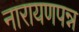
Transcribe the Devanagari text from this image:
नारायणपन्न